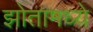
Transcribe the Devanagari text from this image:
झोतामध्ये